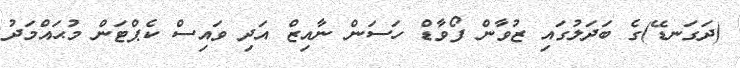
(ދަގަނޑޭ)ގެ ބަދަލުގައި ޒުވާން ފޯވާޑް ހަސަން ނާއިޒް އަދި ވައިސް ކެޕްޓަން މުޙައްމަދު